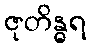
ဇုတိန္ဓရ